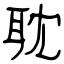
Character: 耽